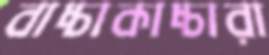
বাচ্চাকাচ্চারা